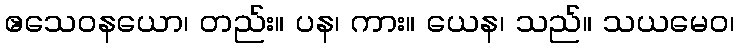
ဧသေဝနယော၊ တည်း။ ပန၊ ကား။ ယေန၊ သည်။ သယမေဝ၊